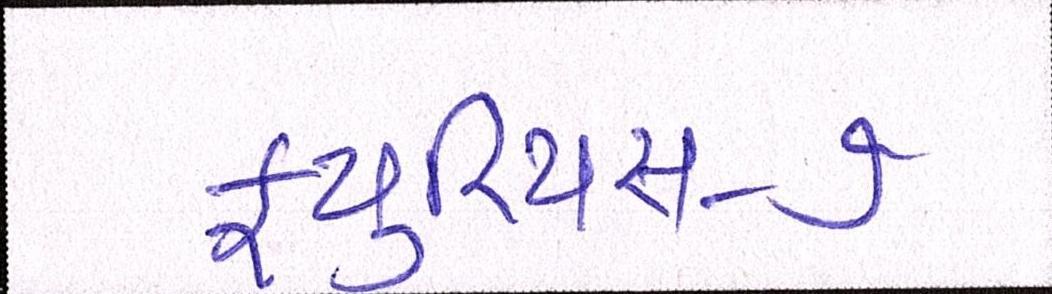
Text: ફ્યુરિયસ-૭